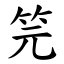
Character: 笎